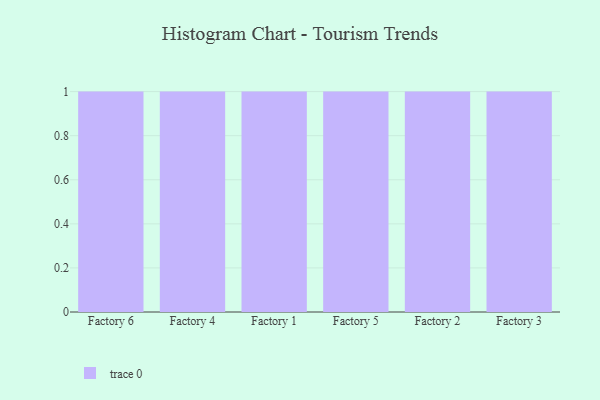
{"axis": {"x": "Factory", "y": "Net Income (USD K)"}, "legend": [""], "data": [{"x": "Factory 6", "y": 7, "type": ""}, {"x": "Factory 4", "y": 20, "type": ""}, {"x": "Factory 1", "y": 61, "type": ""}, {"x": "Factory 5", "y": 96, "type": ""}, {"x": "Factory 2", "y": 18, "type": ""}, {"x": "Factory 3", "y": 52, "type": ""}]}